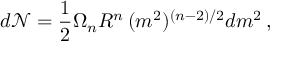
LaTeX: d { \mathcal { N } } = \frac { 1 } { 2 } \Omega _ { n } R ^ { n } \, ( m ^ { 2 } ) ^ { ( n - 2 ) / 2 } d m ^ { 2 } \, ,